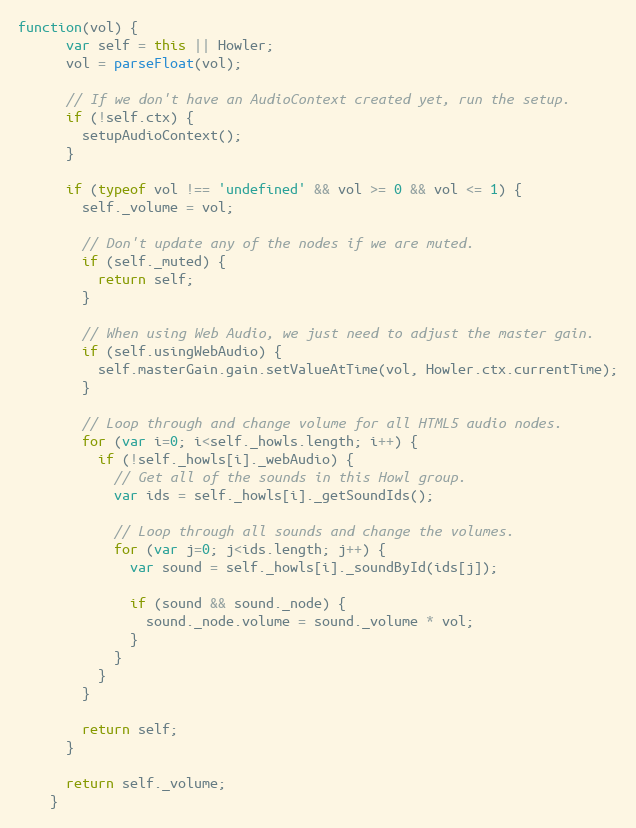
Language: JavaScript
function(vol) {
      var self = this || Howler;
      vol = parseFloat(vol);

      // If we don't have an AudioContext created yet, run the setup.
      if (!self.ctx) {
        setupAudioContext();
      }

      if (typeof vol !== 'undefined' && vol >= 0 && vol <= 1) {
        self._volume = vol;

        // Don't update any of the nodes if we are muted.
        if (self._muted) {
          return self;
        }

        // When using Web Audio, we just need to adjust the master gain.
        if (self.usingWebAudio) {
          self.masterGain.gain.setValueAtTime(vol, Howler.ctx.currentTime);
        }

        // Loop through and change volume for all HTML5 audio nodes.
        for (var i=0; i<self._howls.length; i++) {
          if (!self._howls[i]._webAudio) {
            // Get all of the sounds in this Howl group.
            var ids = self._howls[i]._getSoundIds();

            // Loop through all sounds and change the volumes.
            for (var j=0; j<ids.length; j++) {
              var sound = self._howls[i]._soundById(ids[j]);

              if (sound && sound._node) {
                sound._node.volume = sound._volume * vol;
              }
            }
          }
        }

        return self;
      }

      return self._volume;
    }